Vaccine operations Central Provinces & Berar 1922-1929 - 1922-1929
Year: 1922
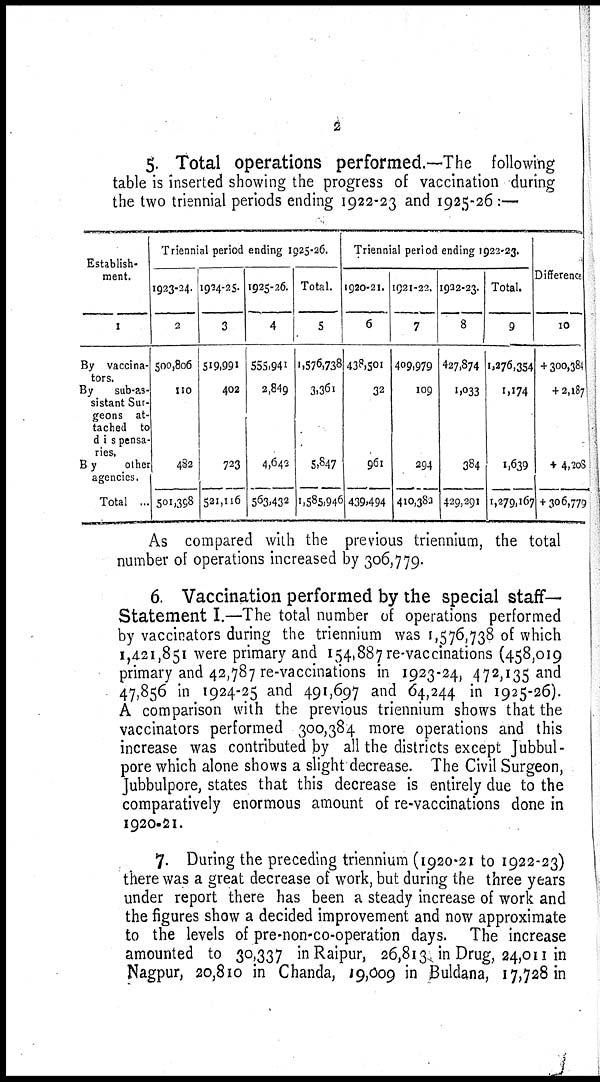
2
5. Total operations performed.—The following
table is inserted showing the progress of vaccination during
the two triennial periods ending 1922-23 and 1925-26 :—
Establish-
ment.
1
By vaccina-
tors.
By
sub-as-
sistant Sur-
geons at-
tached to
dis pensa-
ries.
By
other
agencies.
Total ...
Triennial period ending 1925-26.
1923-24.
2
500,806
110
482
501,398
1924-25.
3
519,991
402
723
521,116
1925-26.
4
555,941
2,849
4,642
563,432
Total.
5
1,576,738
3,361
5,847
1,585,946
Triennial period ending 1922-23.
1920-21.
6
438,501
32
961
439,494
1921-22.
7
409,979
109
294
410,380
1922-23.
8
427,874
1,033
384
429,291
Total.
9
1,276,354
1,174
1,639
1,279,167
Difference
10
+ 300,384
+ 2,187
+ 4,208
+ 306,779
As compared with the previous triennium, the total
number of operations increased by 306,779.
6. Vaccination performed by the special staff-
Statement I.—The total number of operations performed
by vaccinators during the triennium was 1,576,738 of which
1,421,851 were primary and 154,887 re-vaccinations (458,019
primary and 42,787 re-vaccinations in 1923-24, 472,135 and
47,856 in 1924-25 and 491,697 and 64,244 in 1925-26).
A comparison with the previous triennium shows that the
vaccinators performed 300,384 more operations and this
increase was contributed by all the districts except Jubbul-
pore which alone shows a slight decrease. The Civil Surgeon,
Jubbulpore, states that this decrease is entirely due to the
comparatively enormous amount of re-vaccinations done in
1920-21.
7. During the preceding triennium (1920-21 to 1922-23)
there was a great decrease of work, but during the three years
under report there has been a steady increase of work and
the figures show a decided improvement and now approximate
to the levels of pre-non-co-operation days. The increase
amounted to 30,337 in Raipur, 26,813 in Drug, 24,011 in
Nagpur, 20,810 in Chanda, 19,009 in Buldana, 17,728 in